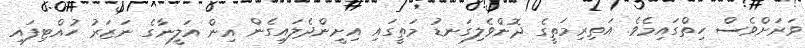
ވަރަށްވެސް ހިތްގައިމެވެ. އަތިރިމަތީގެ ދޮންވެލިގަނޑު މަތީގައި އިށީންދެލައިގެން އިން އަލީނާގެ ނަޒަރު ހުއްޓިފައި